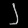
Digit: ၂